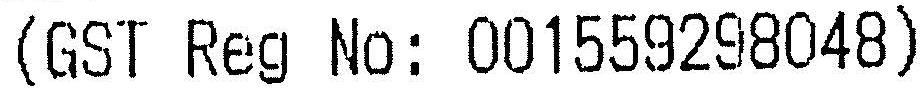
(GST REG NO: 001559298048)